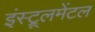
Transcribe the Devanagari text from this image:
इंस्ट्रूलमेंटल